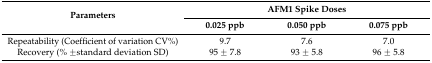
<table><thead><tr><td rowspan="2"><b>Parameters</b></td><td colspan="3"><b>AFM1 Spike Doses</b></td></tr><tr><td><b>0.025 ppb</b></td><td><b>0.050 ppb</b></td><td><b>0.075 ppb</b></td></tr></thead><tbody><tr><td>Repeatability (Coefficient of variation CV%)</td><td>9.7</td><td>7.6</td><td>7.0</td></tr><tr><td>Recovery (% ±standard deviation SD)</td><td>95 ± 7.8</td><td>93 ± 5.8</td><td>96 ± 5.8</td></tr></tbody></table>